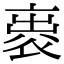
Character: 𧙦